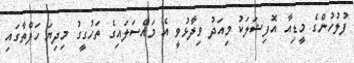
ފުލުހުންގެ މީޑިއާ އޮފިޝަލަކު މިއަދު ވިދާޅުވީ އެ މައްސަލައިގެ ތަހުގީގު މިދިޔަ ހަފްތާގައި